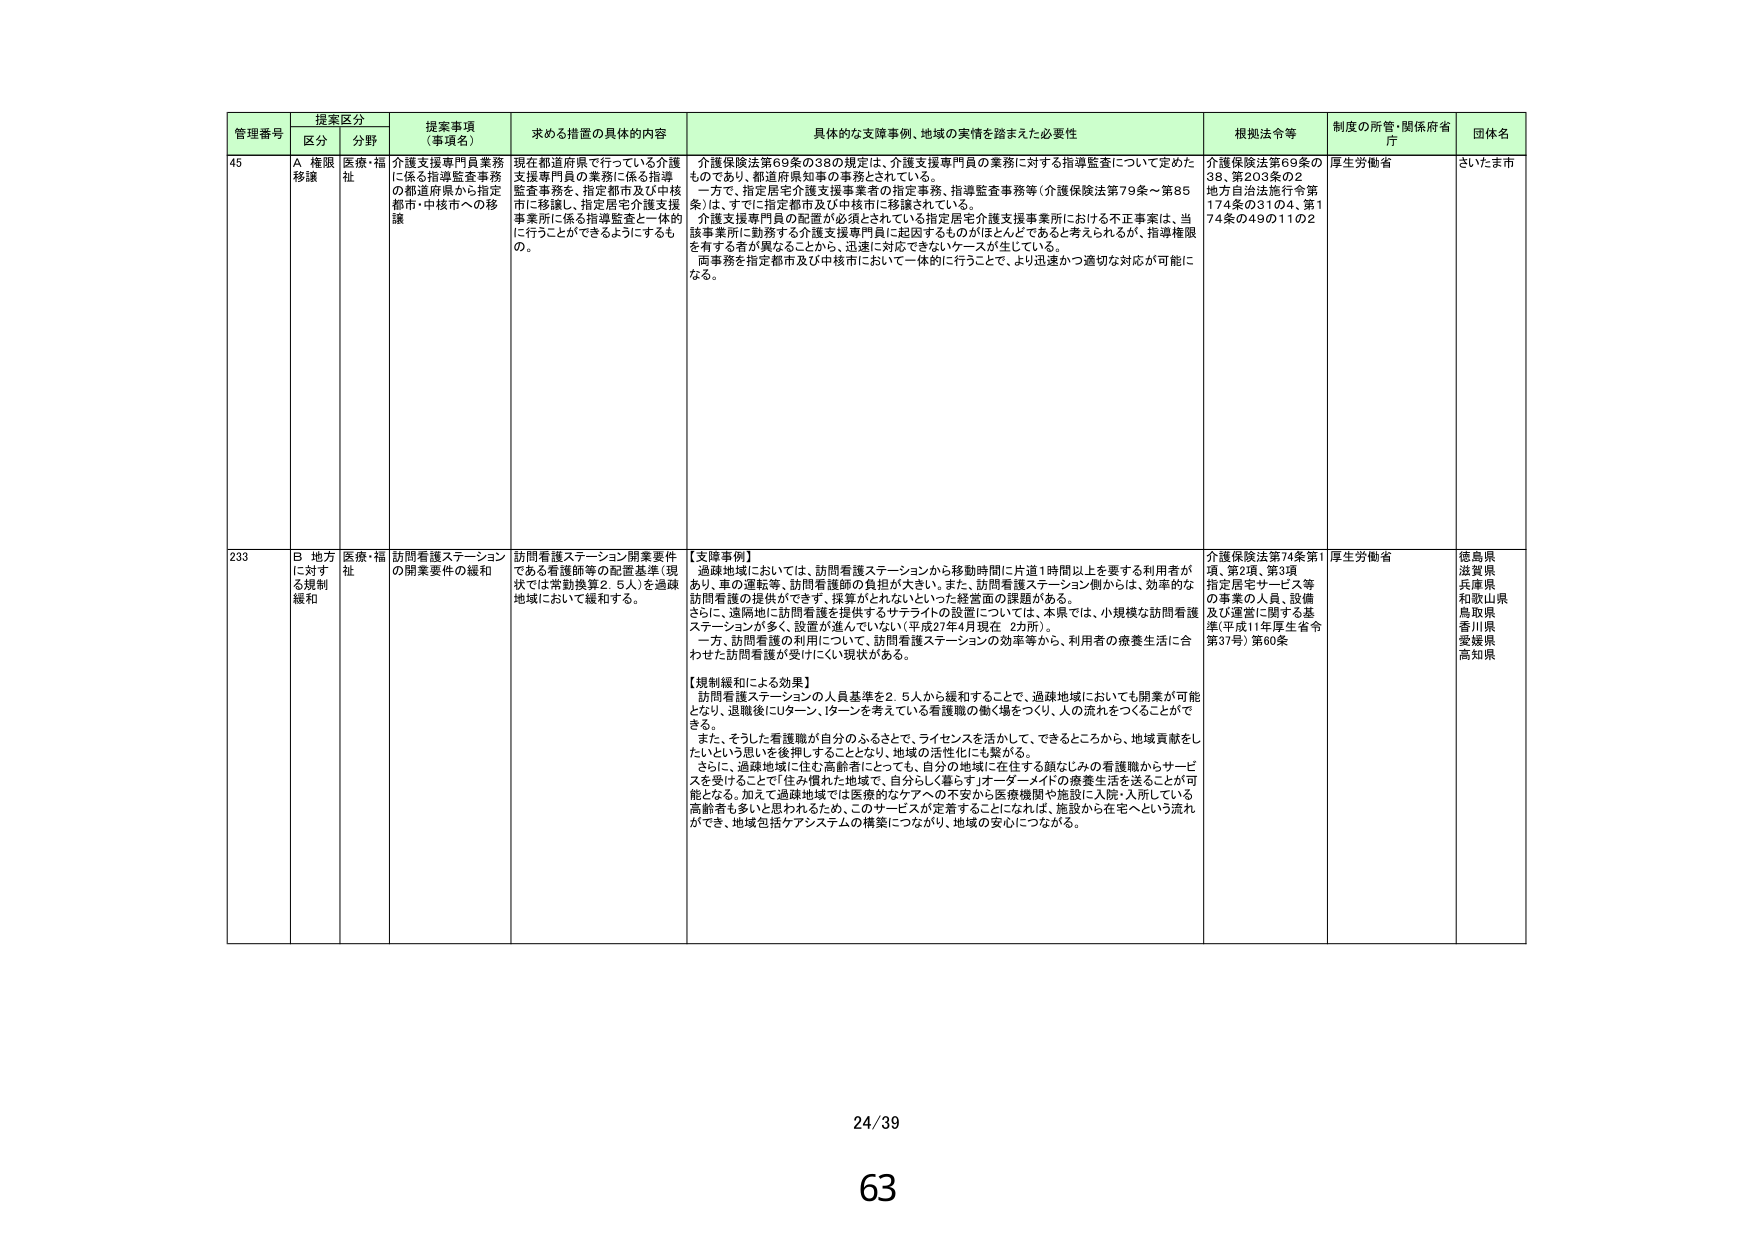
管理番号 提案区分 提案事項（事項名） 求める措置の具体的内容 具体的な支援事例、地域の実情を踏まえた必要性 根拠法令等 制度の所管・関係府省庁 団体名
区分 分野
45 A 権限移譲 医療・福祉 介護支援専門員業務に係る指導監査事務の都道府県から指定都市・中核市への移譲 現在都道府県で行っている介護支援専門員の業務に係る指導監査事務を、指定都市及び中核市に移譲し、指定居宅介護支援事業所に係る指導監査を一体的に行うことができるようにするもの。 介護保険法第69条の38の規定は、介護支援専門員の業務に対する指導監査について定めたものであり、都道府県知事の事務とされている。一方で、指定居宅介護支援事業者の指定事務、指導監査事務等（介護保険法第79条～第85条）は、すでに指定都市及び中核市に移譲されている。介護支援専門員の配置が必須とされている指定居宅介護支援事業所における不正事案は、当該事業所に勤務する介護支援専門員に起因するものかほとんどであると考えられるが、指導権限を有する者が異なることから、迅速に対応できないケースが生じている。両事務を指定都市及び中核市において一体的に行うことで、より迅速かつ適切な対応が可能になる。 介護保険法第69条の38、第203条の2 地方自治法施行令第174条の31の4、第174条の49の11の2 厚生労働省 さいたま市
233 B 地方に対する規制緩和 医療・福祉 訪問看護ステーションの開業要件の緩和 訪問看護ステーション開業要件である看護師等の配置基準（現状では常勤換算2.5人）を過疎地域において緩和する。 【支援事例】過疎地域においては、訪問看護ステーションから移動時間に片道1時間以上を要する利用者がおり、車の運転等、訪問看護師の負担が大きい。また、訪問看護ステーション側からは、効率的な訪問看護の提供ができず、採算がとれないといった経営面の課題がある。さらに、遠隔地に訪問看護を提供するサテライトの設置については、本県では、小規模な訪問看護ステーションが多く、設置が進んでいない（平成27年4月現在 2カ所）。一方、訪問看護の利用について、訪問看護ステーションの効率等から、利用者の療養生活に合わせた訪問看護が受けにくい現状がある。 【規制緩和による効果】訪問看護ステーションの人員基準を2.5人から緩和することで、過疎地域においても開業が可能となり、退職後にUターン、Iターンを考えている看護職の働く場をつくり、人の流れをつくることができる。また、そうした看護職が自分のふるさとで、ライセンスを活かして、できるところから、地域貢献をしたいという思いを後押しすることとなり、地域の活性化にも繋がる。さらに、過疎地域に住む高齢者にとっても、自分の地域に在住する顔なじみの看護職からサービスを受けることで「住み慣れた地域で、自分らしく暮らす」オーダーメイドの療養生活を送ることが可能となる。加えて過疎地域では医療的なケアへの不安から医療機関や施設に入院・入所している高齢者も多いと思われるため、このサービスが定着することになれば、施設から在宅へという流れができ、地域包括ケアシステムの構築につながり、地域の安心につながる。 介護保険法第74条第1項、第2項、第3項 指定居宅サービス等の事業の人員、設備及び運営に関する基準（平成11年厚生省令第37号）第60条 厚生労働省 徳島県 滋賀県 兵庫県 和歌山県 鳥取県 香川県 愛媛県 高知県
24/39
63